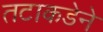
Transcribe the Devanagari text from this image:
तटाकडेने